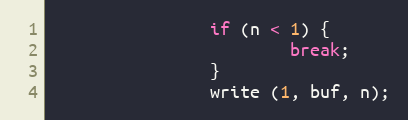
Language: C
                if (n < 1) {
                        break;
                }
                write (1, buf, n);